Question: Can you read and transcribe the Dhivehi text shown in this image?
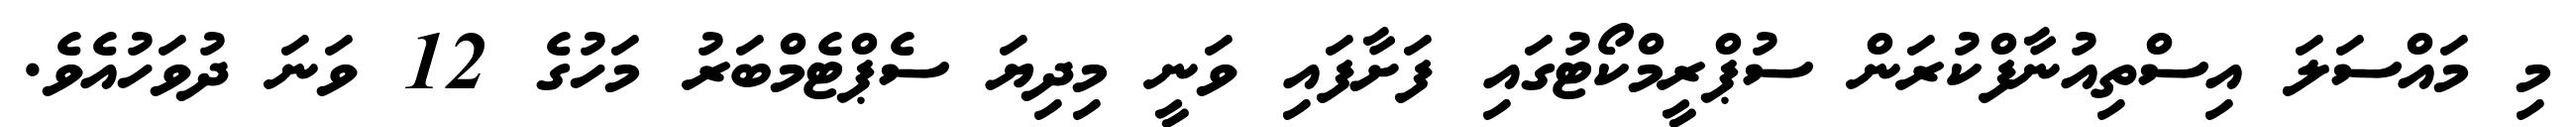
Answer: މި މައްސަލަ އިސްތިއުނާފްކުރަން ސުޕްރީމްކޯޓުގައި ފަށާފައި ވަނީ މިދިޔަ ސެޕްޓެމްބަރު މަހުގެ 12 ވަނަ ދުވަހުއެވެ.